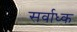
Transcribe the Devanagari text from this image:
सर्वाध्क